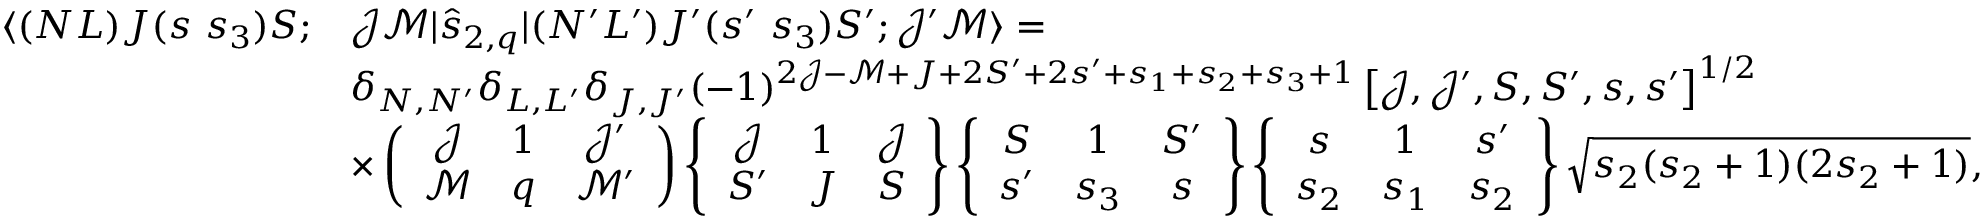
\begin{array} { r l } { \langle ( N L ) J ( s ~ s _ { 3 } ) S ; } & { \mathcal { J } \mathcal { M } | \hat { s } _ { 2 , q } | ( N ^ { \prime } L ^ { \prime } ) J ^ { \prime } ( s ^ { \prime } ~ s _ { 3 } ) S ^ { \prime } ; \mathcal { J } ^ { \prime } \mathcal { M } \rangle = } \\ & { \delta _ { N , N ^ { \prime } } \delta _ { L , L ^ { \prime } } \delta _ { J , J ^ { \prime } } ( - 1 ) ^ { 2 \mathcal { J } - \mathcal { M } + J + 2 S ^ { \prime } + 2 s ^ { \prime } + s _ { 1 } + s _ { 2 } + s _ { 3 } + 1 } \left[ \mathcal { J } , \mathcal { J } ^ { \prime } , S , S ^ { \prime } , s , s ^ { \prime } \right] ^ { 1 / 2 } } \\ & { \times \left( \begin{array} { c c c } { \mathcal { J } } & { 1 } & { \mathcal { J } ^ { \prime } } \\ { \mathcal { M } } & { q } & { \mathcal { M } ^ { \prime } } \end{array} \right) \left\{ \begin{array} { c c c } { \mathcal { J } } & { 1 } & { \mathcal { J } } \\ { S ^ { \prime } } & { J } & { S } \end{array} \right\} \left\{ \begin{array} { c c c } { S } & { 1 } & { S ^ { \prime } } \\ { s ^ { \prime } } & { s _ { 3 } } & { s } \end{array} \right\} \left\{ \begin{array} { c c c } { s } & { 1 } & { s ^ { \prime } } \\ { s _ { 2 } } & { s _ { 1 } } & { s _ { 2 } } \end{array} \right\} \sqrt { s _ { 2 } ( s _ { 2 } + 1 ) ( 2 s _ { 2 } + 1 ) } , } \end{array}